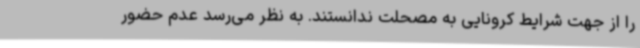
را از جهت شرایط کرونایی به مصحلت ندانستند. به نظر می‌رسد عدم حضور